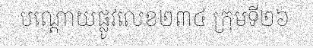
បណ្តោយផ្លូវលេខ២៣៤ ក្រុមទី២៦